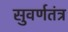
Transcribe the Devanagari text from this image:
सुवर्णतंत्र